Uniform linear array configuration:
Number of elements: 32
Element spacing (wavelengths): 0.25
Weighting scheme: binomial
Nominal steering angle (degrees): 45
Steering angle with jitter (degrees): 46.894
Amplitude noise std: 0.05
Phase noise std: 0.05

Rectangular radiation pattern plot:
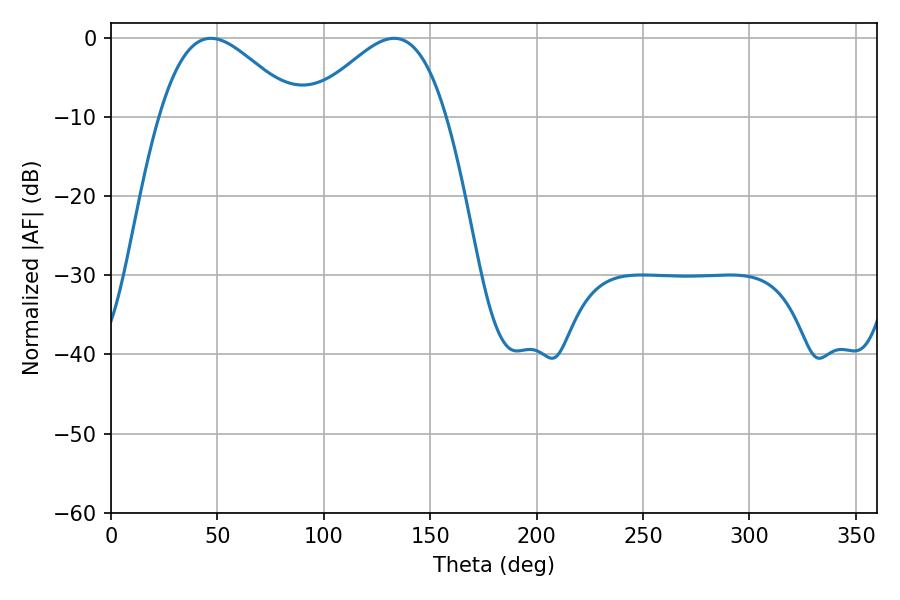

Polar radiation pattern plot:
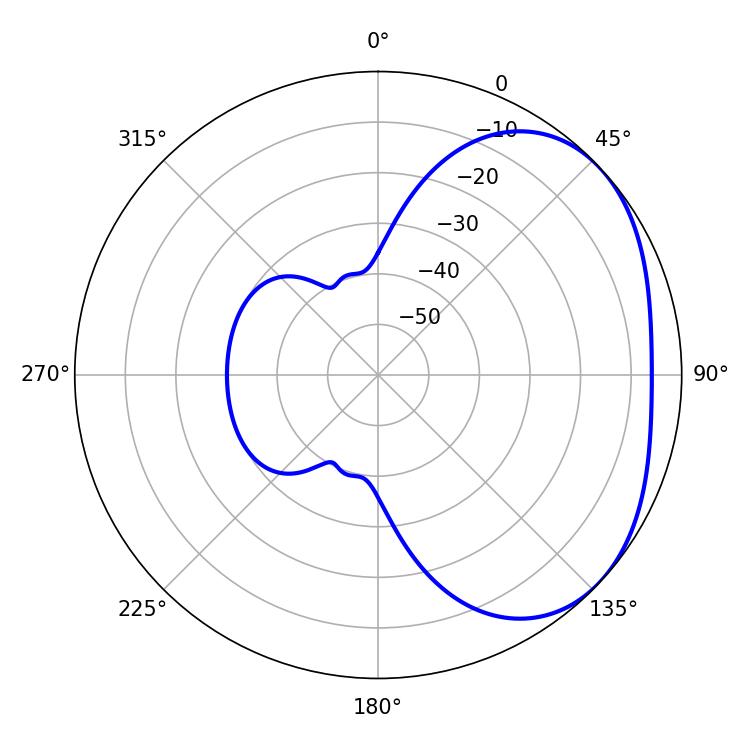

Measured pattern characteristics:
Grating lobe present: FALSE
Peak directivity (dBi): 2.882
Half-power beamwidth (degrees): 34.38
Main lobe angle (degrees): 46.98